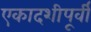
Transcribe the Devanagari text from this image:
एकादशीपूर्वी